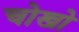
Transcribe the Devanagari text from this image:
चोखो